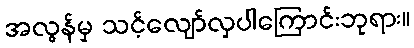
အလွန်မှ သင့်လျော်လှပါကြောင်းဘုရား။